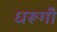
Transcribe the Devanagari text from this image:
धरूगी